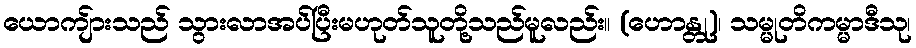
ယောကျ်ားသည် သွားလာအပ်ပြီးမဟုတ်သူတို့သည်မူလည်း။ (ဟောန္တု)၊ သမ္မုတိကမ္မာဒီသု၊